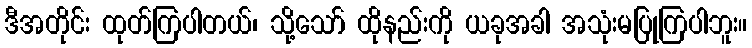
ဒီအတိုင်း ထုတ်ကြပါတယ်၊ သို့သော် ထိုနည်းကို ယခုအခါ အသုံးမပြုကြပါဘူး။